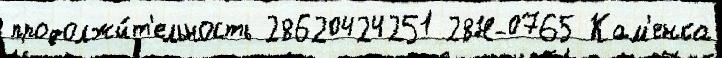
продолжи́т'ельность 28620424251 28Н-0765 Кам'енка